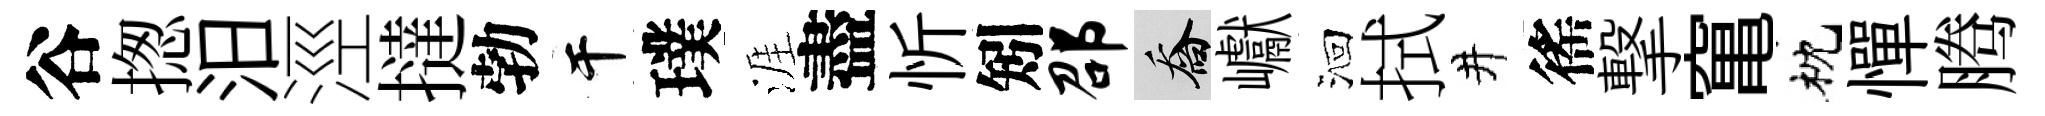
谷揔汨涇撻勃干璞涯盡忻矧邵喬巘洄拭井徭撃𥧄枕憚腾